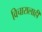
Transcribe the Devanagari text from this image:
विचारालाही